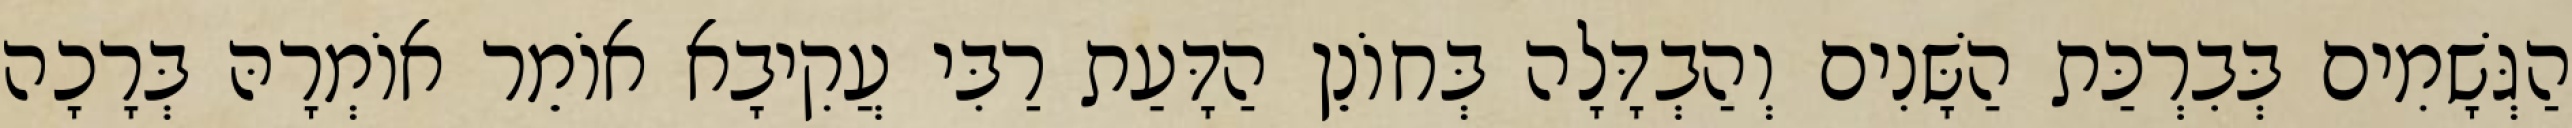
הַגְּשָׁמִים בְּבִרְכַּת הַשָּׁנִים וְהַבְדָּלָה בְּחוֹנֵן הַדָּעַת רַבִּי עֲקִיבָא אוֹמֵר אוֹמְרָהּ בְּרָכָה